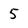
Character: 5